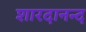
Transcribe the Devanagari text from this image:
शारदानन्द